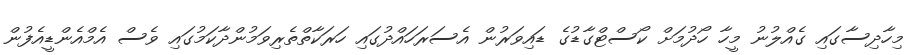
މިހާދިސާގައި ގެއްލުނު މީހާ ހޯދުމަށް ކޯސްޓްގާޑުގެ ޑައިވަރުން އެސަރަހައްދުގައި ހަރަކާތްތެރިވަމުންދާކަމުގައި ވެސް އެމްއެންޑީއެފުން